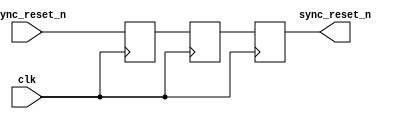
module async_reset_synchronizer (
    input wire clk,               // Clock signal
    input wire async_reset_n,     // Active low asynchronous reset signal (use async_reset if active high)
    output reg sync_reset_n       // Synchronized active low reset output
);

// Internal signals for flip-flop stages
reg ff1_reset_n;
reg ff2_reset_n;

// Synchronization flip-flops
always @(posedge clk) begin
    ff1_reset_n <= async_reset_n; // Sample the asynchronous reset
    ff2_reset_n <= ff1_reset_n;    // Further stabilize the signal
end

// Output synchronized reset signal
always @(posedge clk) begin
    sync_reset_n <= ff2_reset_n;   // Output the synchronized reset
end

endmodule